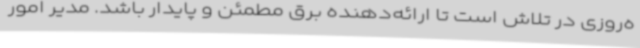
ه‌روزی در تلاش است تا ارائه‌دهنده برق مطمئن و پایدار باشد. مدیر امور